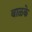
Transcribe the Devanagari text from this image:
बाळके